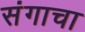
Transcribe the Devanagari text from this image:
संगाचा